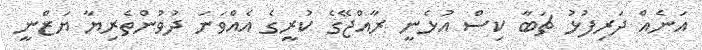
އަނެއް ދަރިފުޅު ޗަބާ ކިސް އުޅެނީ ރާއްޖޭގެ ކުރީގެ އެއްވަނަ ދުވުންތެރިޔާ ޔަޒްނީ